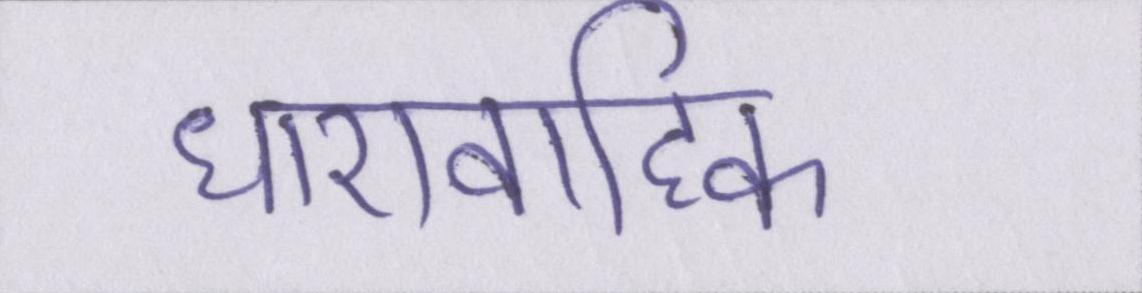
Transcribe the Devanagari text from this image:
धारावाहिक